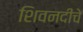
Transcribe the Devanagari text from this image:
शिवनदीचे